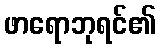
ဖာရောဘုရင်၏